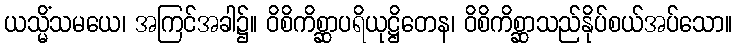
ယသ္မိံသမယေ၊ အကြင်အခါ၌။ ဝိစိကိစ္ဆာပရိယုဋ္ဌိတေန၊ ဝိစိကိစ္ဆာသည်နိုပ်စယ်အပ်သော။